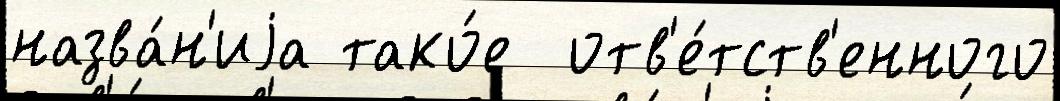
назва́н'иjа тако́е  отв'е́тств'енного